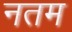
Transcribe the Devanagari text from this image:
नतम